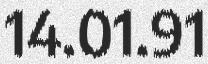
14.01.91